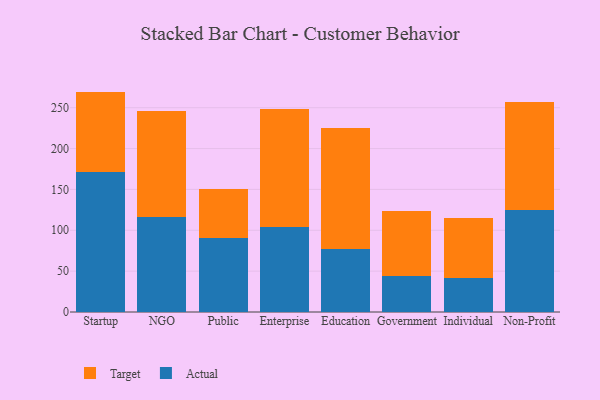
{"axis": {"x": "Segment", "y": "Budget (USD K)"}, "legend": ["Actual", "Target"], "data": [{"x": "Startup", "y": 170.9, "type": "Actual"}, {"x": "Startup", "y": 98.8, "type": "Target"}, {"x": "NGO", "y": 115.7, "type": "Actual"}, {"x": "NGO", "y": 130.7, "type": "Target"}, {"x": "Public", "y": 90.6, "type": "Actual"}, {"x": "Public", "y": 60.1, "type": "Target"}, {"x": "Enterprise", "y": 103.5, "type": "Actual"}, {"x": "Enterprise", "y": 145.1, "type": "Target"}, {"x": "Education", "y": 77.7, "type": "Actual"}, {"x": "Education", "y": 146.9, "type": "Target"}, {"x": "Government", "y": 43.7, "type": "Actual"}, {"x": "Government", "y": 79.4, "type": "Target"}, {"x": "Individual", "y": 41.8, "type": "Actual"}, {"x": "Individual", "y": 73.0, "type": "Target"}, {"x": "Non-Profit", "y": 124.5, "type": "Actual"}, {"x": "Non-Profit", "y": 132.5, "type": "Target"}]}